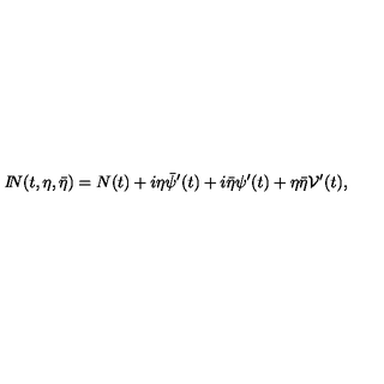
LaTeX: { I \! \! N } ( t , \eta , \bar { \eta } ) = N ( t ) + i \eta \bar { \psi } ^ { \prime } ( t ) + i \bar { \eta } \psi ^ { \prime } ( t ) + \eta \bar { \eta } { \cal V } ^ { \prime } ( t ) ,